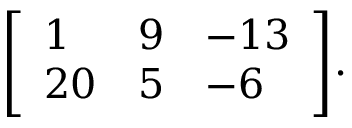
{ \left[ \begin{array} { l l l } { 1 } & { 9 } & { - 1 3 } \\ { 2 0 } & { 5 } & { - 6 } \end{array} \right] } .